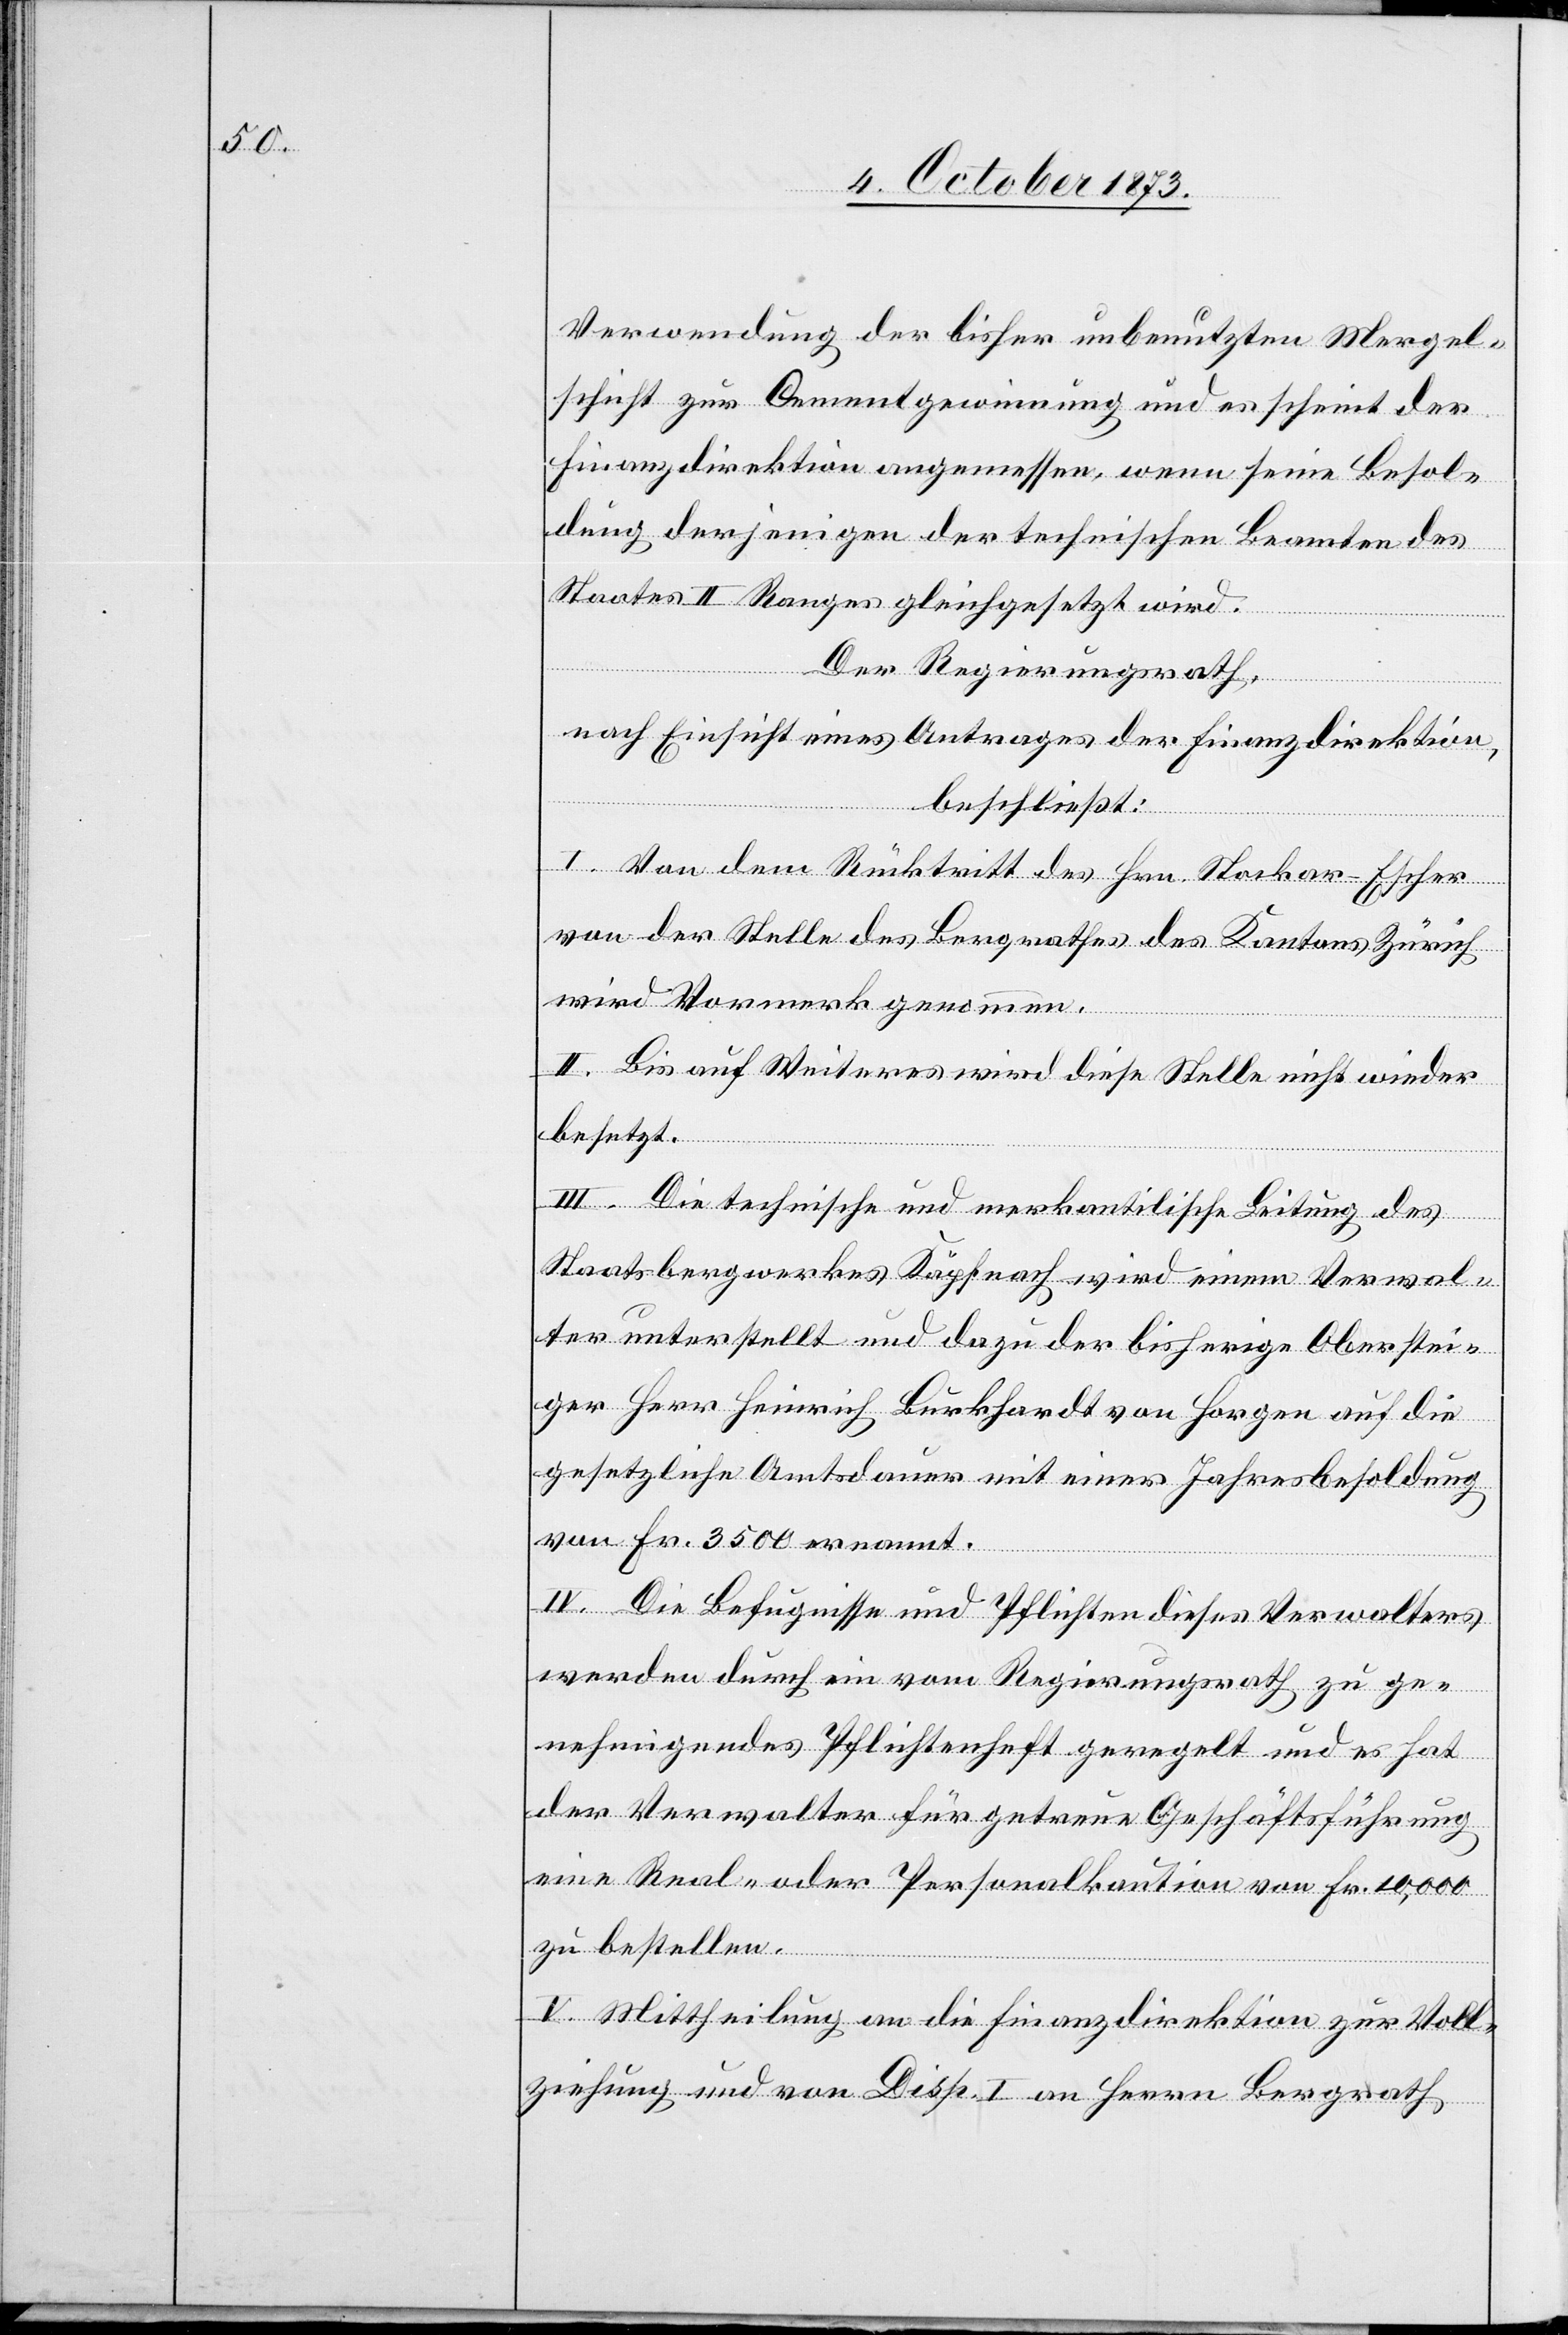
Verwendung der bisher unbenutzten Mergel¬
schicht zur Cementgewinnung und es scheint der
Finanzdirektion angemessen, wenn seine Besol¬
dung derjenigen der technischen Beamten des
Staates II. Ranges gleichgesetzt wird.
Der Regierungsrath,
nach Einsicht eines Antrages der Finanzdirektion,
beschließt:
I. Von dem Rücktritt des Hrn. Stockar-Escher
von der Stelle des Bergrathes des Kantons Zürich
wird Vormerk genommen.
II. Bis auf Weiteres wird diese Stelle nicht wieder
besetzt.
III. Die technische und merkantilische Leitung des
Staatsbergwerkes Käpfnach wird einem Verwal¬
ter unterstellt und dazu der bisherige Oberstei¬
ger Herr Heinrich Burkhardt von Horgen auf die
gesetzliche Amtsdauer mit einer Jahresbesoldung
von Fr. 3500 ernannt.
IV. Die Befugnisse und Pflichten dieses Verwalters
werden durch ein vom Regierungsrath zu ge¬
nehmigendes Pflichtenheft geregelt und es hat
der Verwalter für getreue Geschäftsführung
eine Real- oder Personalkaution von Fr. 10,000
zu bestellen.
V. Mittheilung an die Finanzdirektion zur Voll¬
ziehung und von Disp. I an Herrn Bergrath